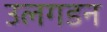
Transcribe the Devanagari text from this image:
उलगडन